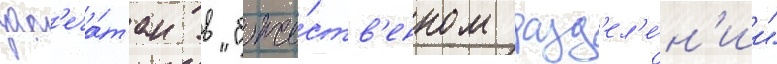
зап'еча́тан в "боже́ств'енном разд'ел'е́н'ии"